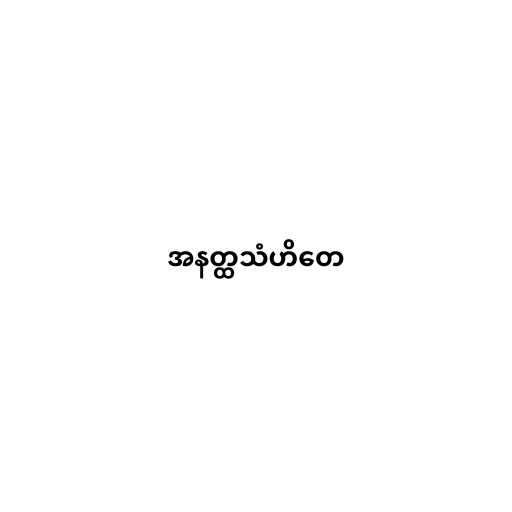
အနတ္ထသံဟိတေ